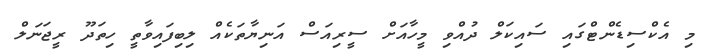
މި އެކްސިޑެންޓްގައި ސައިކަލް ދުއްވި މީހާއަށް ސީރިއަސް އަނިޔާތަކެއް ލިބިފައިވާތީ ހިތަދޫ ރީޖަނަލް